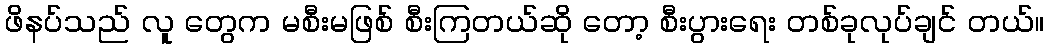
ဖိနပ်သည် လူ တွေက မစီးမဖြစ် စီးကြတယ်ဆို တော့ စီးပွားရေး တစ်ခုလုပ်ချင် တယ်။